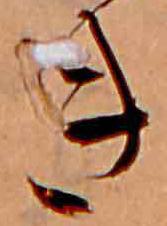
き